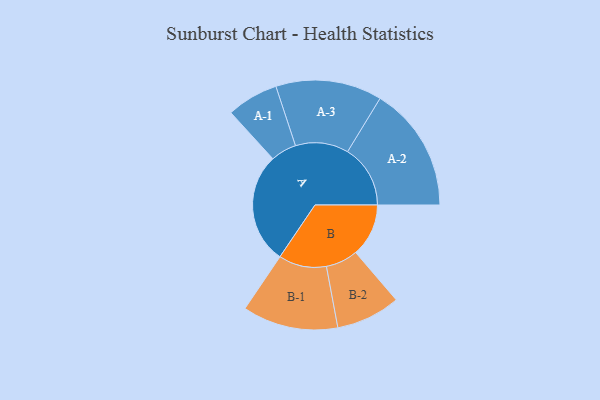
{"axis": {"x": "Segment", "y": "Value"}, "legend": ["", "A", "B"], "data": [{"x": "A", "y": 438, "type": ""}, {"x": "B", "y": 209, "type": ""}, {"x": "A-1", "y": 102, "type": "A"}, {"x": "A-2", "y": 248, "type": "A"}, {"x": "A-3", "y": 210, "type": "A"}, {"x": "B-1", "y": 189, "type": "B"}, {"x": "B-2", "y": 127, "type": "B"}]}